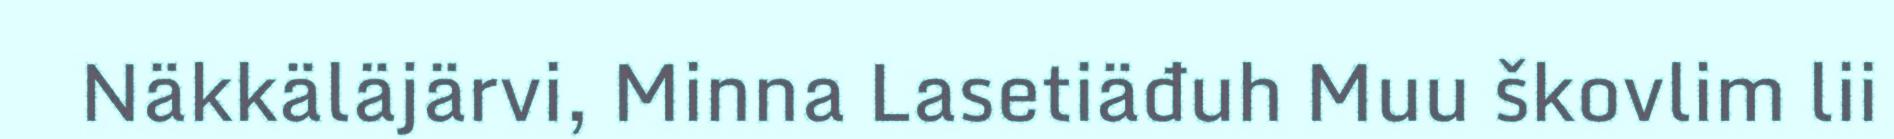
Näkkäläjärvi, Minna Lasetiäđuh Muu škovlim lii